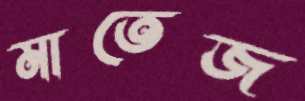
মাতেজ